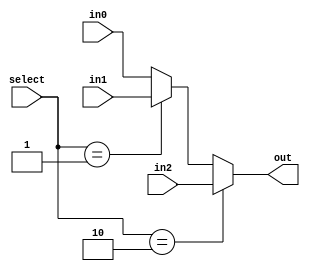
module three_to_one_mux #(
  parameter DATA_WIDTH = 32
) (
  input [1:0] select,
  input [DATA_WIDTH - 1 : 0] in0,
  input [DATA_WIDTH - 1 : 0] in1,
  input [DATA_WIDTH - 1 : 0] in2,
  output reg [DATA_WIDTH - 1 : 0] out
);

  always@(*) begin
    if ( select == 2'b10 ) begin
      out = in2;
    end else if ( select == 2'b01 ) begin
      out = in1;
    end else begin
      out = in0;
    end
  end

endmodule